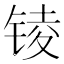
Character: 𨱋